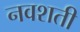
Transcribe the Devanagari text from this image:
नवशती